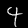
Label: 4